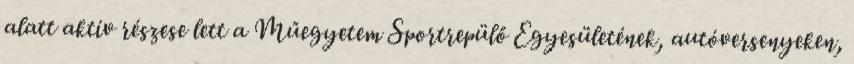
alatt aktív részese lett a Műegyetem Sportrepülő Egyesületének, autóversenyeken,